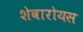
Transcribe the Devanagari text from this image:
शेवारोयस